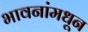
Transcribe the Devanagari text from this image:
भावनांमधून